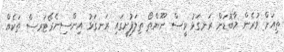
ތިއަށް ވުރެން މާބޮޑަށް ރަނގަޅު ވީސް ނޫންތޯ ތިލަފުށީގައި ރަނގަޅު އިންސިނެރޭޓަރސް ތަކެއް